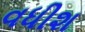
વધીશ